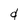
Character: d